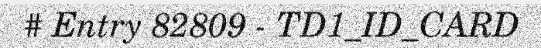
# Entry 82809 - TD1_ID_CARD